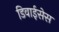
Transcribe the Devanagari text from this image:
डिवाईसेस